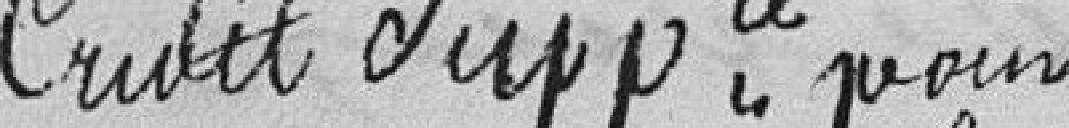
Crédit supplémentaire pour